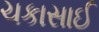
ચકાસાઈ